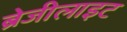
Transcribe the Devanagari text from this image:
ब्रेजीलाइट